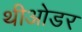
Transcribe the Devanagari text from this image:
थीओडर